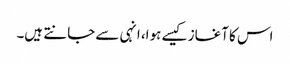
اس کا آغاز کیسے ہوا، انہی سے جانتے ہیں۔